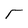
Character: T